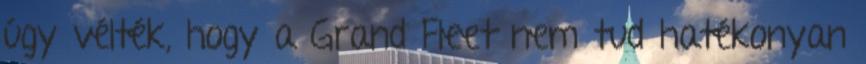
úgy vélték, hogy a Grand Fleet nem tud hatékonyan